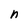
Character: n